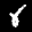
Label: 8